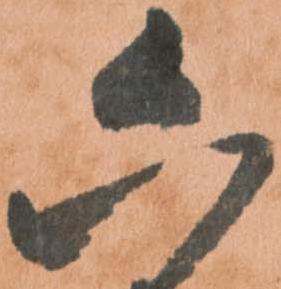
六